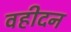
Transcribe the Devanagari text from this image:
वहीदन